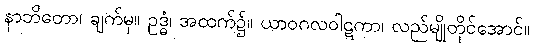
နာဘိတော၊ ချက်မှ။ ဥဒ္ဓံ၊ အထက်၌။ ယာဝဂလဝါဋကာ၊ လည်မျိုတိုင်အောင်။